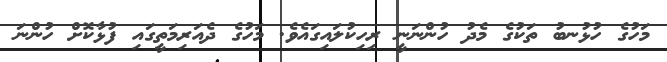
މަހުގެ ހުޅުނބު ތަކުގެ މެދު ހުންނަނީ ރިހިކުލައިގައެވެ. މަހުގެ ދެއަރިމަތީގައި ފުޅާކޮށް ހުންނަ